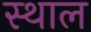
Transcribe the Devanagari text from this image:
स्‍थाल